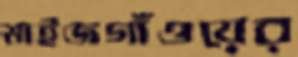
মাইজগাঁওয়ের